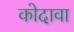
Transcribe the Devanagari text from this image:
कोदावा